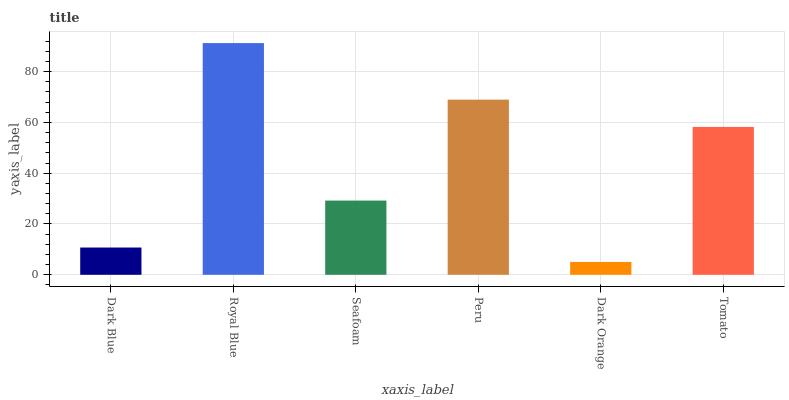
| xaxis_label | bars |
 | --- | --- |
 | Dark Blue | 10.7 |
 | Royal Blue | 91.2 |
 | Seafoam | 29.2 |
 | Peru | 68.9 |
 | Dark Orange | 5.06 |
 | Tomato | 58.2 |